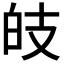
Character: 𤽑